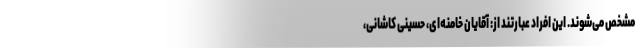
مشخص می‌شوند. این افراد عبارتند از: آقایان خامنه‌ای، حسینی کاشانی،